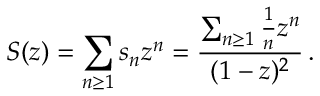
S ( z ) = \sum _ { n \geq 1 } { s _ { n } z ^ { n } } = { \frac { \sum _ { n \geq 1 } { { \frac { 1 } { n } } z ^ { n } } } { ( 1 - z ) ^ { 2 } } } \, .